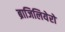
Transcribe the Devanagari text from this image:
ब्राजिलियेरो